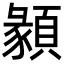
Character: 𩔂